Papers set at the Examination for Leaving Certificates, 1894
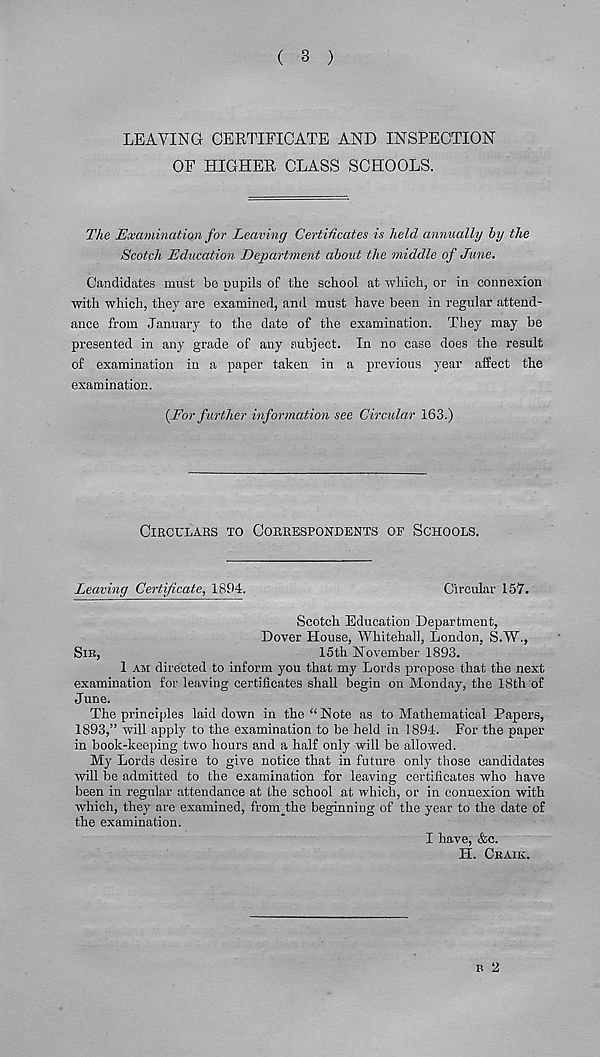
( 3 )
LEAVING CERTIFICATE AND INSPECTION
OF HIGHER CLASS SCHOOLS.
The Examination for Leaving Certificates is held annually by the
Scotch Education Department about the middle of June.
Candidates must be pupils of tbc school at which, or in connexion
with which, they are examined, and must have been in regular attend-
ance from Jaimary to the date of the examination. They may be
presented in any grade of any subject. In no case does the result
of examination in a paper taken in a previous year affect the
examination.
{For further information see Circular 163.)
CIRCULARS TO CORRESPONDENTS OP SCHOOLS.
Leaving Certificate, 1894.
Circular 157.
Scotch Education Department,
Dover House, Whitehall, London, S.W.,
SIB,
15th November 1893.
1 AM directed to inform you that my Lords propose that the next
examination for leaving certificates shall begin on Monday, the 18th of
June.
The principles laid down in the “ Note as to Mathematical Papers,
1893,” will apply to the examination to be held in 1894. For the paper
in book-keeping two hours and a half only will be allowed.
My Lords desire to give notice that in future only those candidates
will be admitted to the examination for leaving certificates who have
been in regular attendance at the school at which, or in connexion with
which, they are examined, fromjhe beginning of the year to the date of
the examination.
I have, &c.
H. CRAIK.